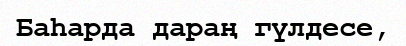
Баһарда дараң гүлдесе,